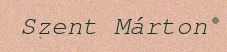
Szent Márton